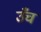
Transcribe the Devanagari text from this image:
उँच